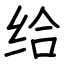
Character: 给